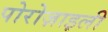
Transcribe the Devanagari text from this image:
पोरोज़ाइली